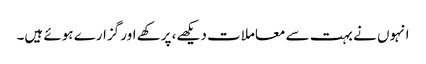
انہوں نے بہت سے معاملات دیکھے، پرکھے اور گزارے ہوئے ہیں۔